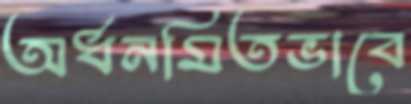
অর্ধনমিতভাবে